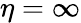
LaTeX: \eta=\infty